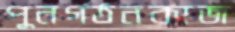
পুনর্গঠনকাজ